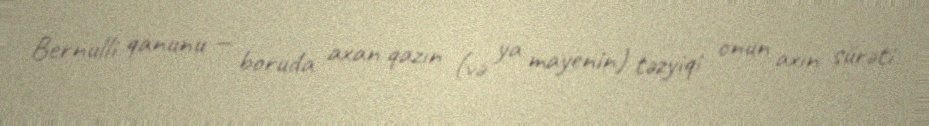
Bernulli qanunu — boruda axan qazın (və ya mayenin) təzyiqi onun axın sürəti